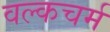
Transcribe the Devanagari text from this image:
वल्कचर्म